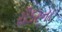
રીડરના